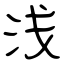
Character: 浅